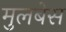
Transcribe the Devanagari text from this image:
मुलबेस